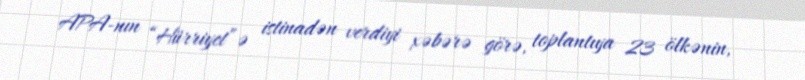
APA-nın “Hürriyet”ə istinadən verdiyi xəbərə görə, toplantıya 23 ölkənin,